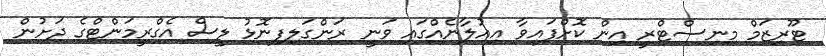
ޓޫރިޒަމް މިނިސްޓްރީ އިން ކޮށްފައިވާ އިއުލާނެއްގައި ވަނީ ރަންގަލިފިނޮޅު ލީސް އެގްރީމަންޓްގެ ދަށުން